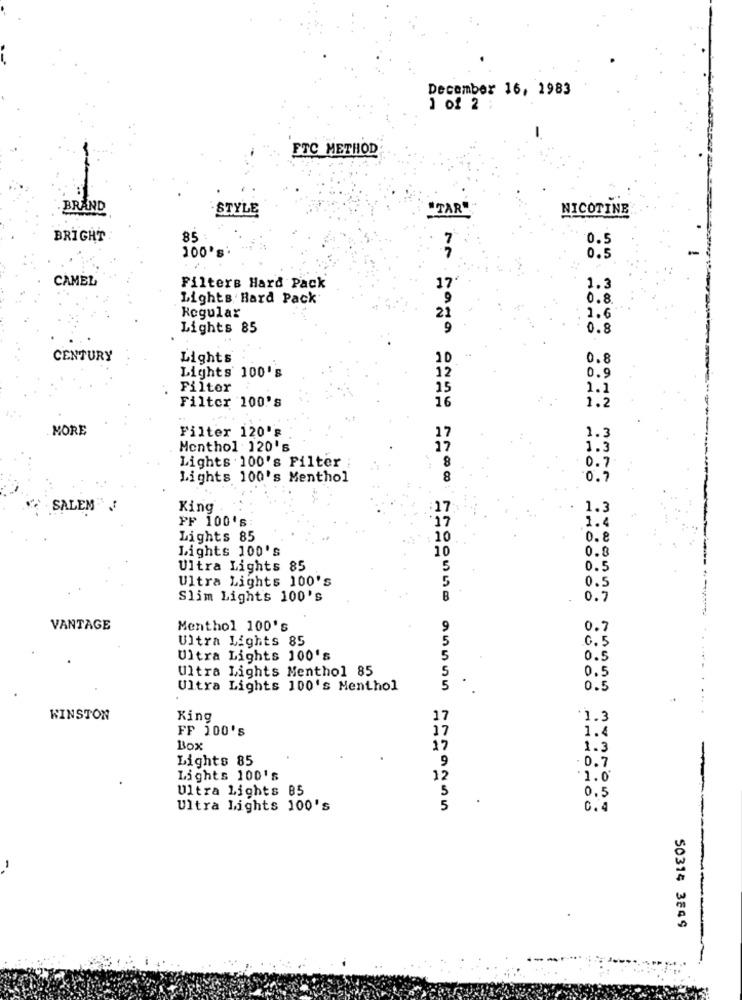
December 16, 1983
1 of 2 ;
FTC METHOD
BRAND
STYLE
"TAR"
NICOTINE
BRIGHT
85
0.5
100'
0.5
CAMEL
Filters Hard Pack
17
1.3
Lights Hard Pack
0.8
Regular
21
1.6
Lights 85
0.8
CENTURY
Lights
10
0.8
Lights 100's
0.9
Filter
1.1
Filter 100's
1.2
MORE
Filter 120's
1.3
Menthol 120's
1.3
8
Lights . 100's Filter
0.7
Lights 100's Menthol
0 . 7
SALEM
King
1.3
PF 100's
1.4
Lights 85
10
0.8
Lights 100's
10
0.8
Ultra Lights 85
0.5
Ultra Lights 100's
5
0.5
Slim Light's 100's
0.7
VANTAGE
Menthol 100's
9
0.7
Ultra Lights 85
.C. 5
Ultra Lights 100's
0.5
Ultra Lights Menthol 85
0.5
Ultra Lights 100's Menthol
0.5
WINSTON
King
17
'1.3
FF 100's
17
1.4
Box
17
1.3
Lights 85
9
- 0.7
Lights 100's
12
.1.0
Ultra Lights 85
0.5
Ultra Lights 100's
C.4
50314 3849
---